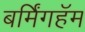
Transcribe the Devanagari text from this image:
बर्मिंगहॅम